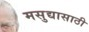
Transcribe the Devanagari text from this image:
मसुद्यासाठी